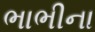
ભાભીના